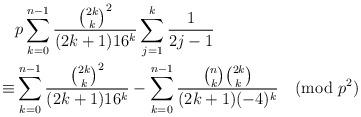
LaTeX: \begin{align*}&p\sum_{k=0}^{n-1}\frac{\binom{2k}k^2}{(2k+1)16^k}\sum_{j=1}^k\frac1{2j-1}\\\equiv&\sum_{k=0}^{n-1}\frac{\binom{2k}k^2}{(2k+1)16^k}-\sum_{k=0}^{n-1}\frac{\binom nk\binom{2k}k}{(2k+1)(-4)^k}\pmod{p^2}\end{align*}